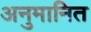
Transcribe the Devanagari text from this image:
अनुमानित